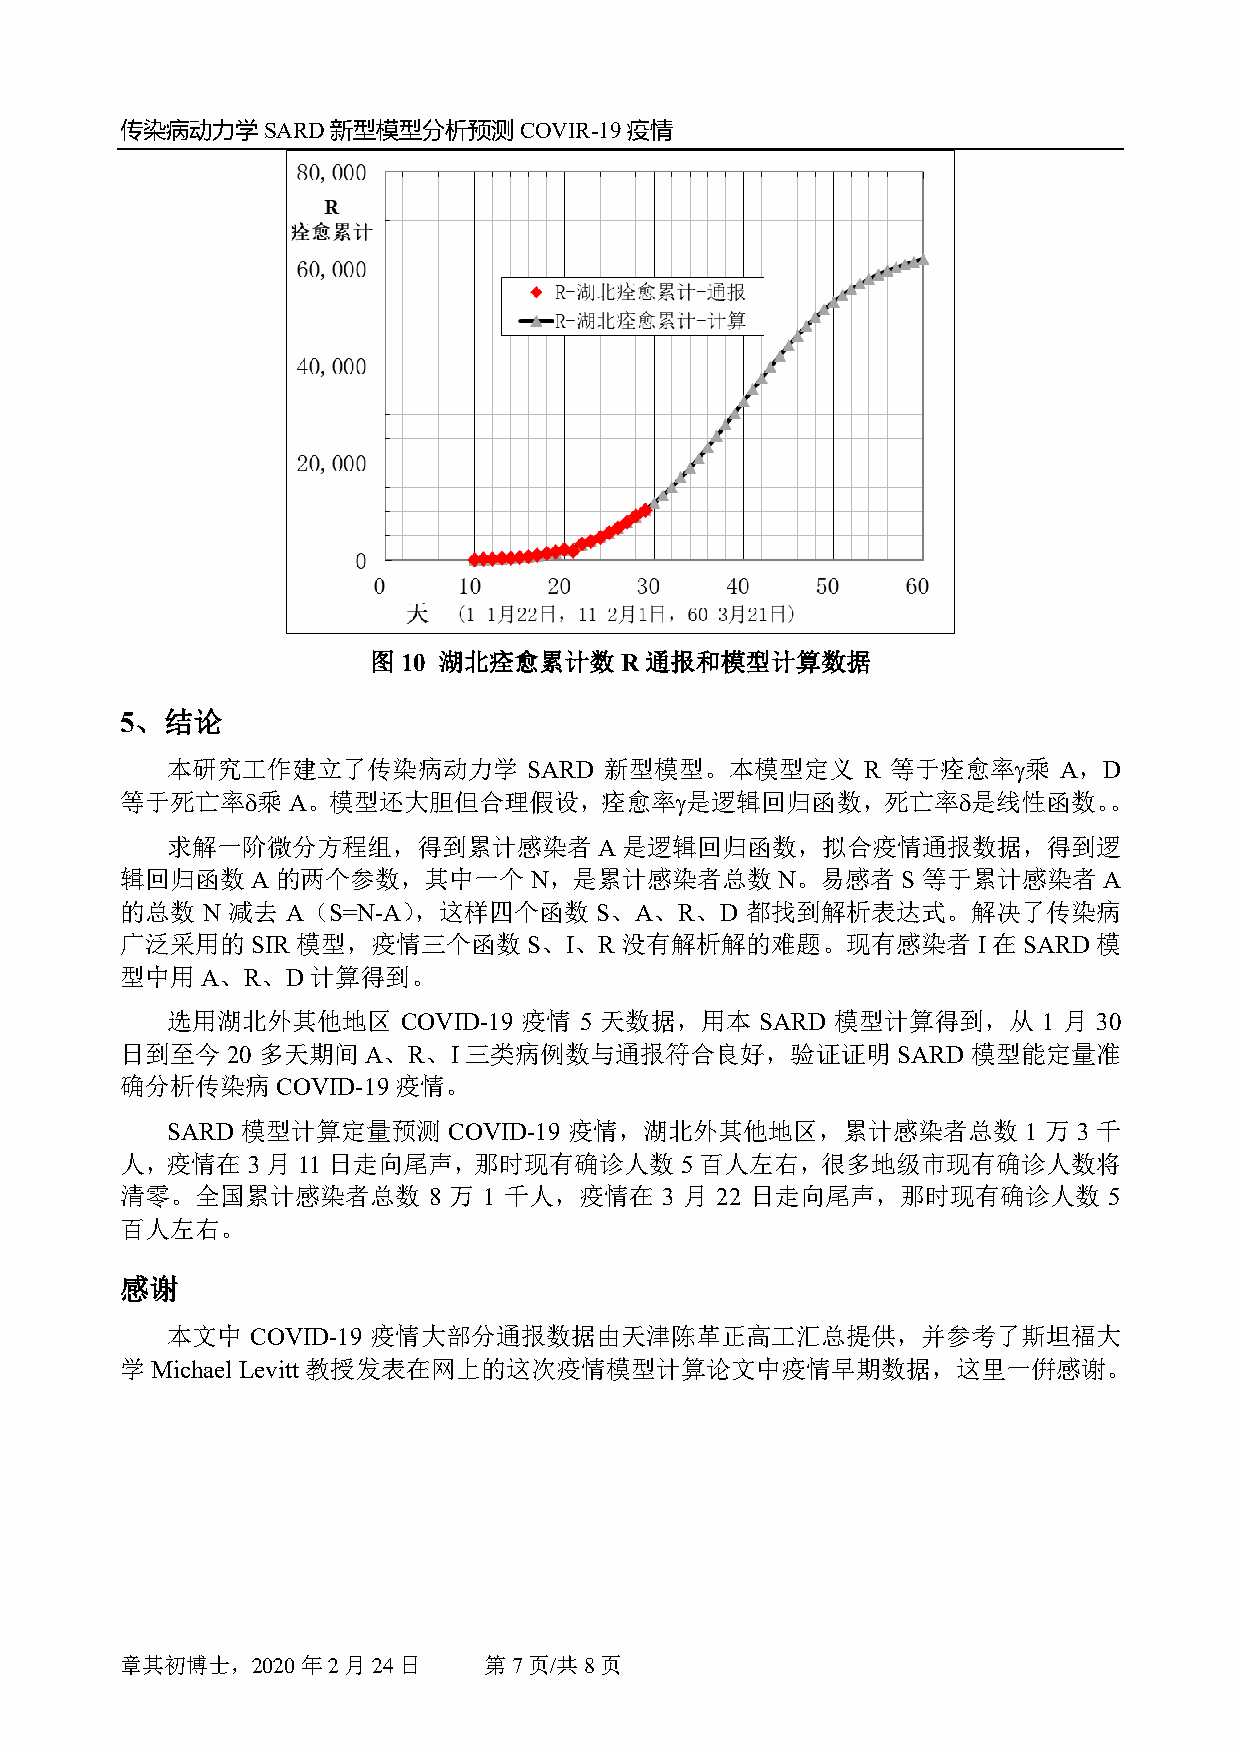
传染病动力学SARD新型模型分析预测COVIR-19疫情
 图  10 湖北痊愈累计数R通报和模型计算数据
 5、 结论
 本研究工作建立了传染病动力学          SARD 新型模型。本模型定义       R 等于痊愈率乘    A，D
 等于死亡率乘    A。模型还大胆但合理假设，痊愈率是逻辑回归函数，死亡率是线性函数。。
 求解一阶微分方程组，得到累计感染者A是逻辑回归函数，拟合疫情通报数据，得到逻
 辑回归函数A的两个参数，其中一个N，是累计感染者总数N。易感者S                     等于累计感染者A
 的总数  N 减去  A（S=N-A），这样四个函数     S、A、R、D   都找到解析表达式。解决了传染病
 广泛采用的SIR    模型，疫情三个函数S、I、R       没有解析解的难题。现有感染者          I在SARD  模
 型中用A、R、D计算得到。
 选用湖北外其他地区       COVID-19 疫情 5 天数据，用本   SARD 模型计算得到，从      1 月 30
 日到至今   20 多天期间  A、R、I三类病例数与通报符合良好，验证证明             SARD 模型能定量准
 确分析传染病COVID-19疫情。
 SARD 模型计算定量预测      COVID-19 疫情，湖北外其他地区，累计感染者总数           1 万 3 千
 人，疫情在3月11日走向尾声，那时现有确诊人数5百人左右，很多地级市现有确诊人数将
 清零。全国累计感染者总数        8 万 1 千人，疫情在    3 月 22 日走向尾声，那时现有确诊人数        5
 百人左右。
 感谢
 本文中   COVID-19 疫情大部分通报数据由天津陈革正高工汇总提供，并参考了斯坦福大
 学Michael Levitt 教授发表在网上的这次疫情模型计算论文中疫情早期数据，这里一倂感谢。
 章其初博士，2020年2月24日        第7页/共8页